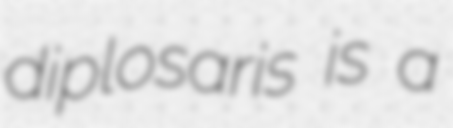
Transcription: diplosaris is a